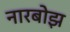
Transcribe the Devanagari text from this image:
नारबोझ